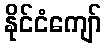
နိုင်ငံကျော်